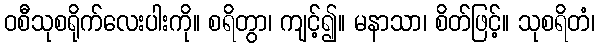
ဝစီသုစရိုက်လေးပါးကို။ စရိတွာ၊ ကျင့်၍။ မနာသာ၊ စိတ်ဖြင့်။ သုစရိတံ၊